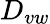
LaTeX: D_{vw}